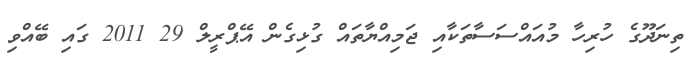
ތިނަދޫގެ ހުރިހާ މުއައްސަސާތަކާއި ޖަމިއްޔާތައް ގުޅިގެން އޭޕްރީލް 29 2011 ގައި ބޭއްވި